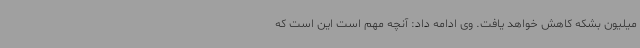
میلیون بشکه کاهش خواهد یافت. وی ادامه داد: آنچه مهم است این است که